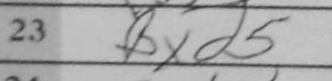
Transcription: Bxd5